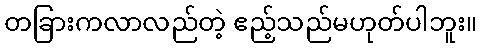
တခြားကလာလည်တဲ့ ဧည့်သည်မဟုတ်ပါဘူး။